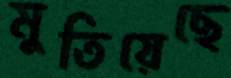
মুতিয়েছে